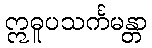
ဣဓူပသင်္ကမန္တာ